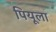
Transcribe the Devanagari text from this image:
पियूला